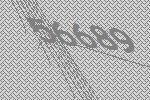
56689